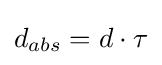
d_{abs}=d\cdot \tau